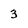
Character: 3